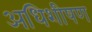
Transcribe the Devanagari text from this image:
अधिशीषण